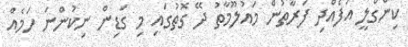
ކިންގްލީ އުފެއްދި ފަރާތުން މައުލޫމާތު ދޭ ގޮތުގައި މި ގަޑިން ނިކުންނަ ހަމެއް